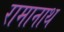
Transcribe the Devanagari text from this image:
रामानाथ